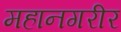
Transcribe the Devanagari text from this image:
महानगरीर